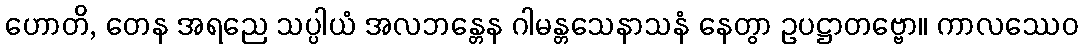
ဟောတိ, တေန အရညေ သပ္ပါယံ အလဘန္တေန ဂါမန္တသေနာသနံ နေတွာ ဥပဋ္ဌာတဗ္ဗော။ ကာလဿေဝ